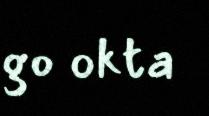
go okta